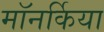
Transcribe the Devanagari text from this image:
मॉनर्किया